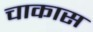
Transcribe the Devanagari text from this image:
चाकास